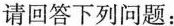
请回答下列问题：